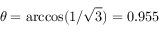
\theta = \operatorname { a r c c o s } ( 1 / \sqrt { 3 } ) = 0 . 9 5 5